Medical and sanitary report of the native army of Madras for the year
Year: 1872
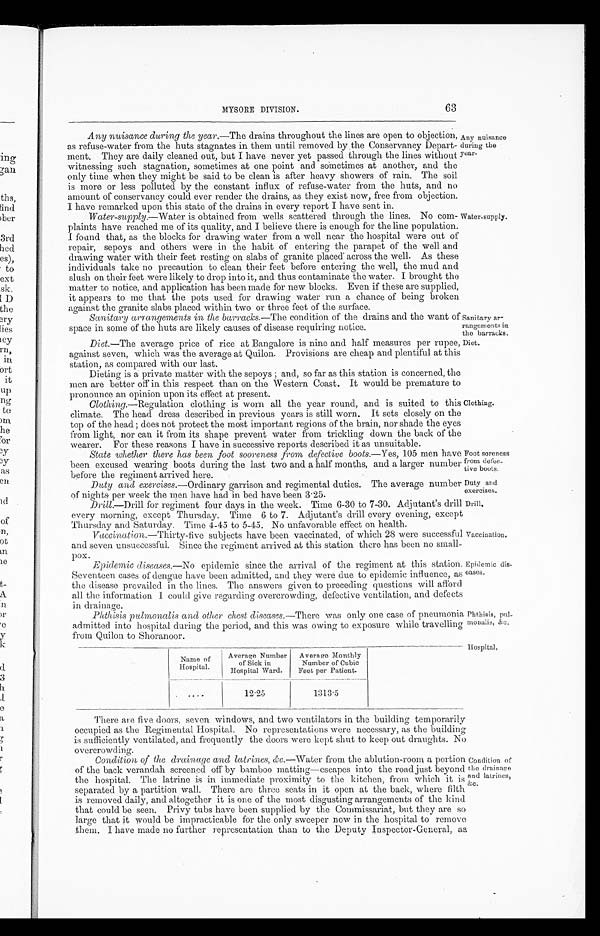
Any nuisance
during the
year.
Water-supply.
Sanitary ar-
rangements in
the barracks.
Diet.
MYSORE DIVISION.
63
Any nuisance during the year.—The drains throughout the lines are open to objection,
as refuse-water from the huts stagnates in them until removed by the Conservancy Depart-
ment. They are daily cleaned out, but I have never yet passed through the lines without
witnessing such stagnation, sometimes at one point and sometimes at another, and the
only time when they might be said to be clean is after heavy showers of rain. The soil
is more or less polluted by the constant influx of refuse-water from the huts, and no
amount of conservancy could ever render the drains, as they exist now, free from objection.
I have remarked upon this state of the drains in every report I have sent in.
Water-supply .—Water is obtained from wells scattered through the lines. No com-
plaints have reached me of its quality, and I believe there is enough for the line population. I
found that, as the blocks for drawing water from a well near the hospital were out of
repair, sepoys and others were in the habit of entering the parapet of the well and
drawing water with their feet resting on slabs of granite placed across the well. As these
individuals take no precaution to clean their feet before entering the well, the mud and
slush on their feet were likely to drop into it, and thus contaminate the water. I brought the
matter to notice, and application has been made for new blocks. Even if these are supplied,
it appears to me that the pots used for drawing water run a chance of being broken
against the granite slabs placed within two or three feet of the surface.
Sanitary arrangements in the barracks. —The condition of the drains and the want of
space in some of the huts are likely causes of disease requiring notice.
Diet.—The average price of rice at Bangalore is nine and half measures per rupee,
against seven, which was the average at Quilon. Provisions are cheap and plentiful at this
station, as compared with our last.
Dieting is a private matter with the sepoys ; and, so far as this station is concerned, the
men are better off in this respect than on the Western Coast. It would be premature to
pronounce an opinion upon its effect at present.
Clothing.—Regulation clothing is worn all the year round, and is suited to this
climate. The head dress described in previous years is still worn. It sets closely on the
top of the head ; does not protect the most important regions of the brain, nor shade the eyes
from light, nor can it from its shape prevent water from trickling down the back of the
wearer. For these reasons I have in successive reports described it as unsuitable.
State whether there has been foot sooreness from defective boots.— Yes, 105 men have
been excused wearing boots during the last two and a half months, and a larger number
before the regiment arrived here.
Duty and exercises. —Ordinary garrison and regimental duties. The average number
of nights per week the men have had in bed have been 3.25.
Drill.—Drill for regiment four days in the week. Time 6-30 to 7-30. Adjutant's drill
every morning, except Thursday. Time 6 to 7. Adjutant's drill every evening, except
Thursday and Saturday. Time 4-45 to 5-45. No unfavorable effect on health.
Vaccination .—Thirty-five subjects have been vaccinated, of which 28 were successful
and seven unsuccessful. Since the regiment arrived at this station there has been no small-
pox.
Epidemic diseases. —No epidemic since the arrival of the regiment at this station.
Seventeen cases of dengue have been admitted, and they were due to epidemic influence, as
the disease prevailed in the lines. Time answers given to preceding questions will afford
all the information I could give regarding overcrowding, defective ventilation, and defects
in drainage.
Phthisis pulmonalis and other chest diseases .—There was only one case of pneumonia
admitted into hospital during the period, and this was owing to exposure while travelling
from Quilon to Shoranoor.
Name of
Hospital.
Average Number
of Sick in
Hospital Ward.
Average Monthly
Number of Cubic
Feet per Patient.
12 . 25
1313.5
Clothing.
Foot soreness
from defec-
tive boots.
Duty and
exercises.
Drill.
Vaccination,
Epidemic dis-
eases.
Phthisis
, pul-monalis, &c.
Hospital.
There are five doors, seven windows, and two ventilators in the building temporarily
occupied as the Regimental Hospital. No representations were necessary, as the building
is sufficiently ventilated, and frequently the doors were kept shut to keep out draughts. No
overcrowding.
Condition of the drainage and latrines, &c.—Water from the ablution-room a portion
of the back verandah screened off by bamboo matting—escapes into the road just beyond
the hospital. The latrine is in immediate proximity to the kitchen, from which it is
separated by a partition wall. There are three seats in it open at the back, where filth
is removed daily, and altogether it is one of the most disgusting arrangements of the kind
that could be seen. Privy tubs have been supplied by the Commissariat, but they are so
large that it would be impracticable for the only sweeper now in the hospital to remove
them. I have made no further representation than to the Deputy Inspector-General, as
Condition of
the drainage
and latrines, &c.